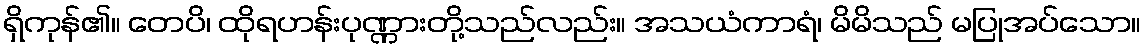
ရှိကုန်၏။ တေပိ၊ ထိုရဟန်းပုဏ္ဏားတို့သည်လည်း။ အသယံကာရံ၊ မိမိသည် မပြုအပ်သော။